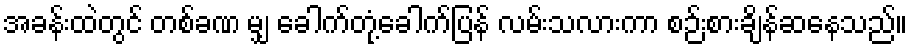
အခန်းထဲတွင် တစ်ခဏ မျှ ခေါက်တုံ့ခေါက်ပြန် လမ်းသလားကာ စဉ်းစားချိန်ဆနေသည်။